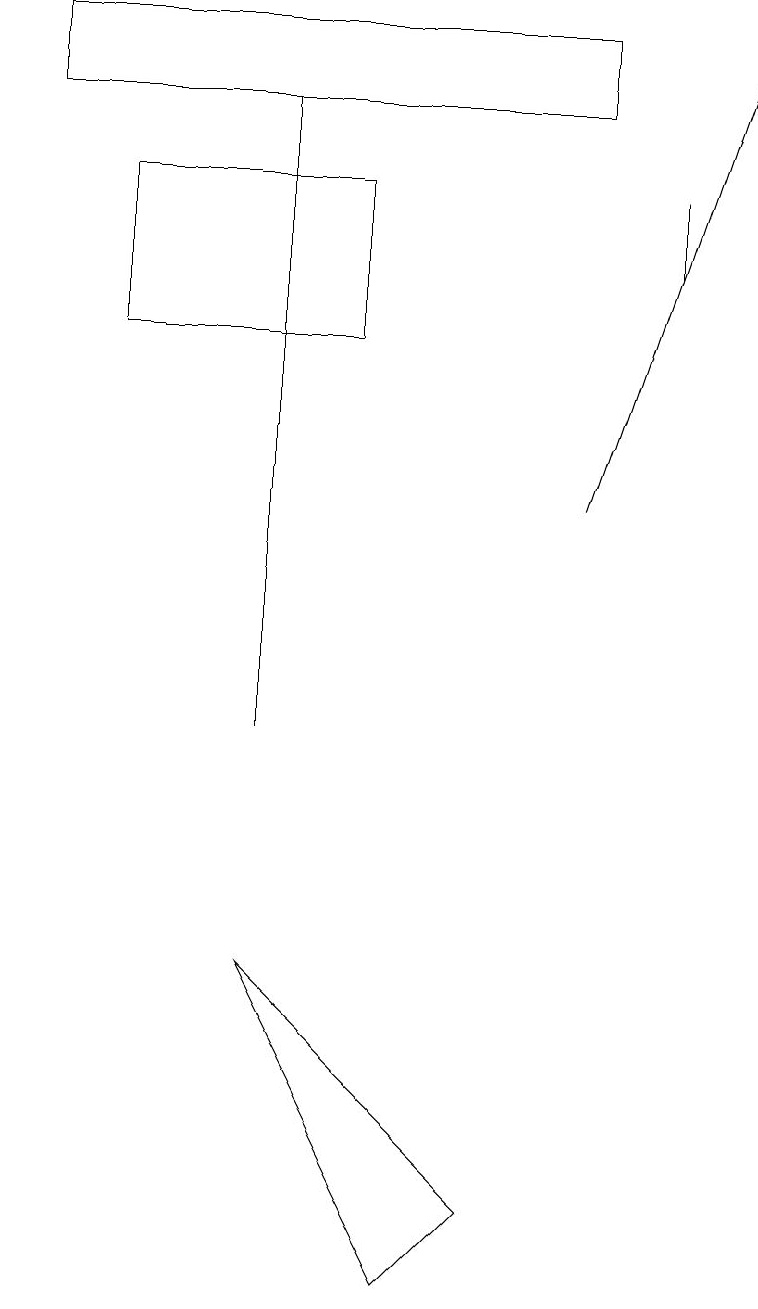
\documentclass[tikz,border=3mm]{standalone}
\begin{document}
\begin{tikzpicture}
\draw (1,15) rectangle (4,17);
\draw (7,19) rectangle (0,18);
\draw (8,16) rectangle (8,17);
\draw (5,3) -- (3,7) -- (6,4) -- cycle;
\draw (3,18) rectangle (3,10);
\draw[->] (7,13) -- (9,19);
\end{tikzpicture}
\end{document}